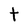
Character: t